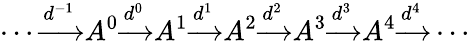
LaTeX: \cdots{\xrightarrow{d^{-1}}}A^{0}{\xrightarrow{d^{0}}}A^{1}{\xrightarrow{d^{1}}}A^{2}{\xrightarrow{d^{2}}}A^{3}{\xrightarrow{d^{3}}}A^{4}{\xrightarrow{d^{4}}}\cdots